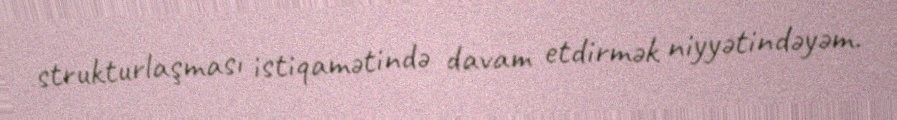
strukturlaşması istiqamətində davam etdirmək niyyətindəyəm.